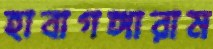
হাবাগঙ্গারাম